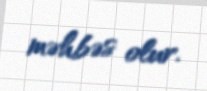
məhbəs olur.